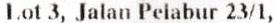
LOT 3, JALAN PELABUR 23/1,